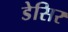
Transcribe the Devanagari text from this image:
डेसिर